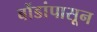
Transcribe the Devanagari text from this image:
बोंडांपासून